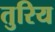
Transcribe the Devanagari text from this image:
तुरिय